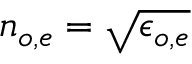
n _ { o , e } = \sqrt { \epsilon _ { o , e } }